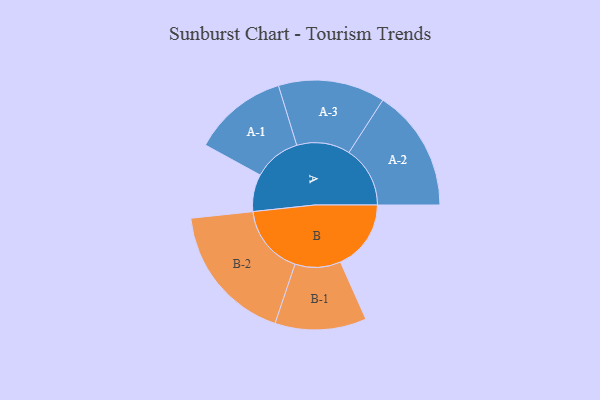
{"axis": {"x": "Segment", "y": "Value"}, "legend": ["", "A", "B"], "data": [{"x": "A", "y": 154, "type": ""}, {"x": "B", "y": 292, "type": ""}, {"x": "A-1", "y": 196, "type": "A"}, {"x": "A-2", "y": 253, "type": "A"}, {"x": "A-3", "y": 221, "type": "A"}, {"x": "B-1", "y": 189, "type": "B"}, {"x": "B-2", "y": 289, "type": "B"}]}